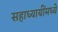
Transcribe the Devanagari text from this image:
सहाध्यायींमध्ये